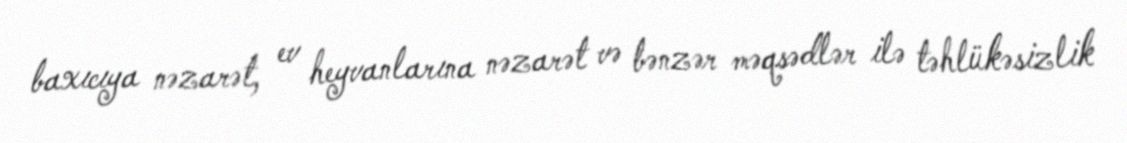
baxıcıya nəzarət, ev heyvanlarına nəzarət və bənzər məqsədlər ilə təhlükəsizlik